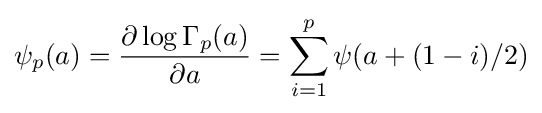
\psi _{p}(a)={\frac {\partial \log \Gamma _{p}(a)}{\partial a}}=\sum _{i=1}^{p}\psi (a+(1-i)/2)